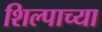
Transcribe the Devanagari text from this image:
शिल्पाच्या